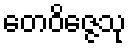
တေဝိဇ္ဇေသု